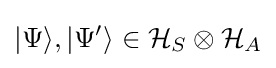
|\Psi \rangle ,|\Psi '\rangle \in {\mathcal {H}}_{S}\otimes {\mathcal {H}}_{A}